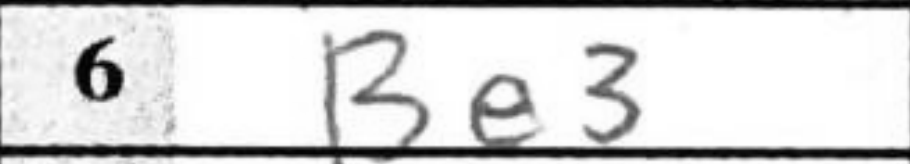
Transcription: Be3